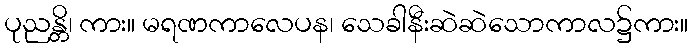
ပုညန္တိ၊ ကား။ မရဏကာလေပန၊ သေခါနီးဆဲဆဲသောကာလ၌ကား။